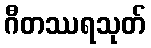
ဂီတဿရသုတ်